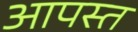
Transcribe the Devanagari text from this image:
आपस्त